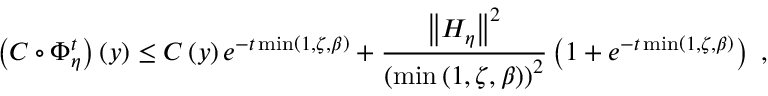
\left( C \circ \Phi _ { \eta } ^ { t } \right) \left( y \right) \leq C \left( y \right) e ^ { - t \operatorname* { m i n } \left( 1 , \zeta , \beta \right) } + \frac { \left\Vert H _ { \eta } \right\Vert ^ { 2 } } { \left( \operatorname* { m i n } \left( 1 , \zeta , \beta \right) \right) ^ { 2 } } \left( 1 + e ^ { - t \operatorname* { m i n } \left( 1 , \zeta , \beta \right) } \right) \ ,